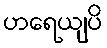
ဟရေယျပိ